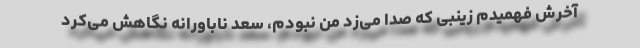
آخرش فهمیدم زینبی که صدا می‌زد من نبودم، سعد ناباورانه نگاهش می‌کرد